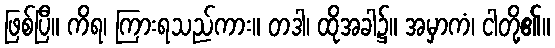
ဖြစ်ပြီ။ ကိရ၊ ကြားရသည်ကား။ တဒါ၊ ထိုအခါ၌။ အမှာကံ၊ ငါတို့၏။